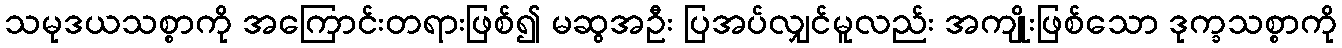
သမုဒယသစ္စာကို အကြောင်းတရားဖြစ်၍ မဆွအဦး ပြအပ်လျှင်မူလည်း အကျိုးဖြစ်သော ဒုက္ခသစ္စာကို